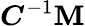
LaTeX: {\boldsymbol{C}}^{-1}{\boldsymbol{\mathbf{M}}}